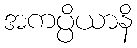
အကပ္ပိယာနိ